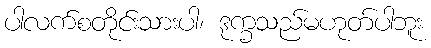
ပါလက်စတိုင်းသားပါ၊ ဒုက္ခသည်မဟုတ်ပါဘူး